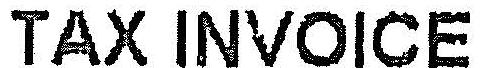
TAX INVOICE